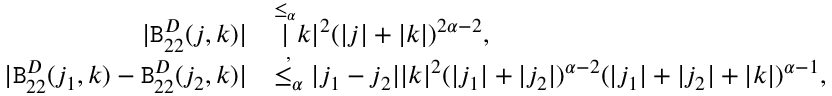
\begin{array} { r l } { | \mathtt { B } _ { 2 2 } ^ { D } ( j , k ) | } & { \overset { \le _ { \alpha } } | k | ^ { 2 } ( | j | + | k | ) ^ { 2 \alpha - 2 } , } \\ { | \mathtt { B } _ { 2 2 } ^ { D } ( j _ { 1 } , k ) - \mathtt { B } _ { 2 2 } ^ { D } ( j _ { 2 } , k ) | } & { \overset { , } { \le _ { \alpha } } | j _ { 1 } - j _ { 2 } | | k | ^ { 2 } ( | j _ { 1 } | + | j _ { 2 } | ) ^ { \alpha - 2 } ( | j _ { 1 } | + | j _ { 2 } | + | k | ) ^ { \alpha - 1 } , } \end{array}